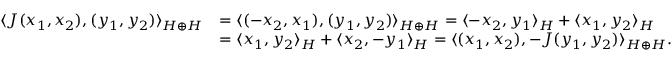
{ \begin{array} { r l } { \langle J ( x _ { 1 } , x _ { 2 } ) , ( y _ { 1 } , y _ { 2 } ) \rangle _ { H \oplus H } } & { = \langle ( - x _ { 2 } , x _ { 1 } ) , ( y _ { 1 } , y _ { 2 } ) \rangle _ { H \oplus H } = \langle - x _ { 2 } , y _ { 1 } \rangle _ { H } + \langle x _ { 1 } , y _ { 2 } \rangle _ { H } } \\ & { = \langle x _ { 1 } , y _ { 2 } \rangle _ { H } + \langle x _ { 2 } , - y _ { 1 } \rangle _ { H } = \langle ( x _ { 1 } , x _ { 2 } ) , - J ( y _ { 1 } , y _ { 2 } ) \rangle _ { H \oplus H } . } \end{array} }